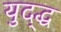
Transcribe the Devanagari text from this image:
युद्द्ध